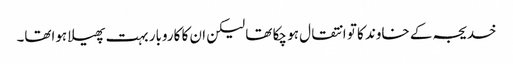
خدیجہ کے خاوند کا تو انتقال ہو چکا تھا لیکن ان کا کاروبار بہت پھیلا ہواتھا۔